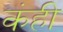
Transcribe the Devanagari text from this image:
कंही